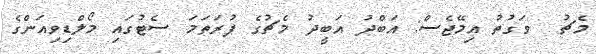
މެޗު  ވަގުތު އިމޭޖެސް: އަބްދު އަބީދު މެޗުގެ ފުރަތަމަ ސެޓުގައި މޯލްޑިވިއަންގެ